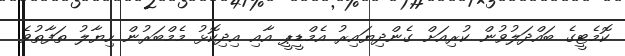
ކޮމެޓީގެ ބައްދަލުވުން ކުރިއަށް ގެންދިޔައިރު އެމްޑީޕީ އާއި އިދިކޮޅު މެމްބަރުން ހިޔާލު ތަފާތުވެ